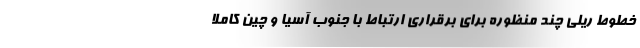
خطوط ریلی چند منظوره برای برقراری ارتباط با جنوب آسیا و چین کاملا